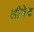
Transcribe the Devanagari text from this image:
लौमेट